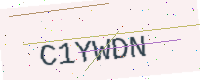
Text: C1YWDN